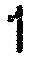
1